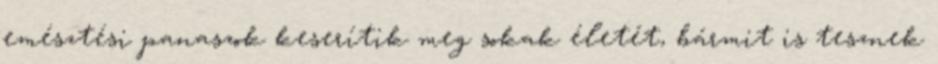
emésztési panaszok keserítik meg sokak életét, bármit is tesznek